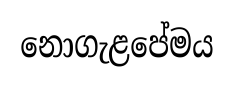
නොගැළපේමය